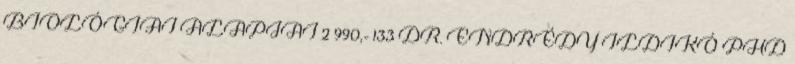
BIOLÓGIAI ALAPJAI 2 990,- 133 DR. ENDRÉDY ILDIKÓ PHD